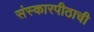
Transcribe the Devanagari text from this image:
संस्कारपीठाची